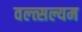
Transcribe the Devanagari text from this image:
वल्त्सल्यम